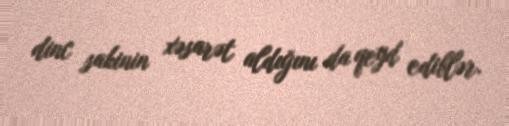
dinc sakinin xəsarət aldığını da qeyd ediblər.